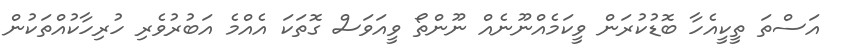
އަސްތަ ތީކީއެހާ ބޮޑުކުރަން ވީކަމެއްނޫނެއް ނޫންތޯ ވީއަވަސް ގޮތަކަ އެއްމެ އަބުރުވެރި ހުރިހާކުއްތަކުން